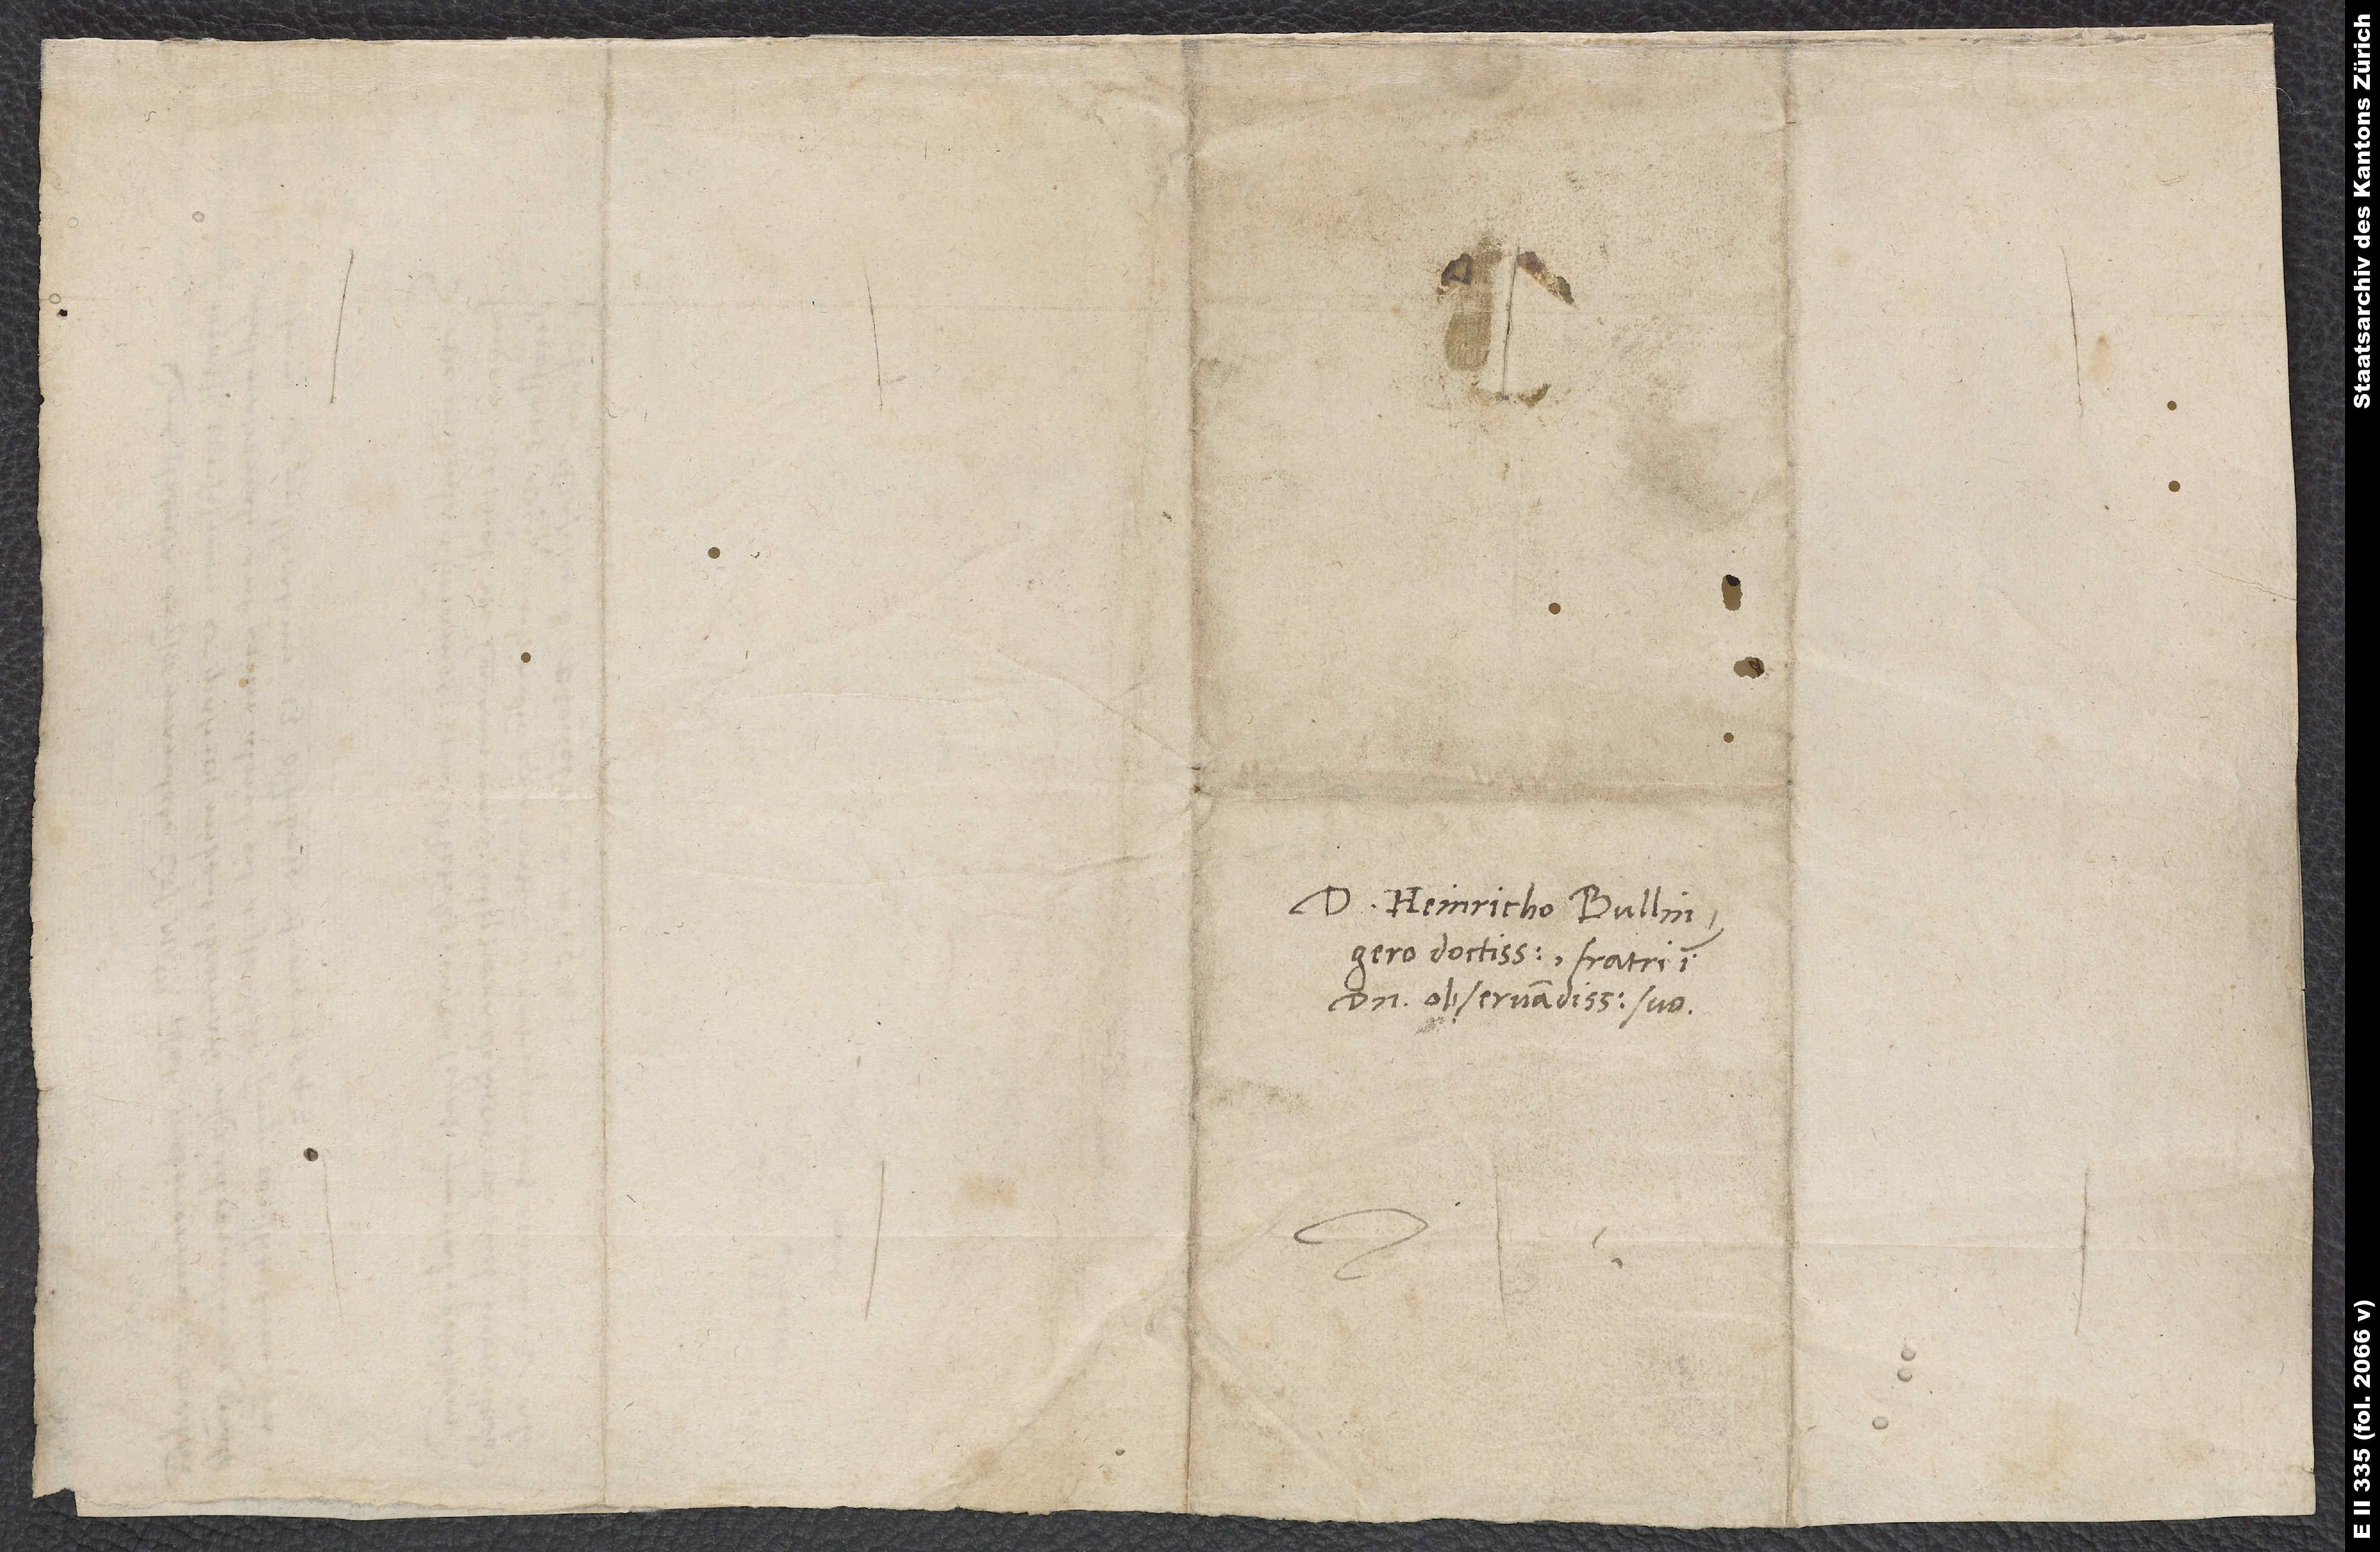
D. Heinricho Bullingero
doctissimo, fratri in
domino observandissimo suo.